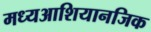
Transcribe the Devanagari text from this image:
मध्यआशियानजिक